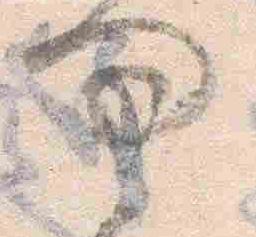
問